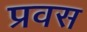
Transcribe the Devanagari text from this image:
प्रवस